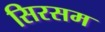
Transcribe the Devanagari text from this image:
सिरसम